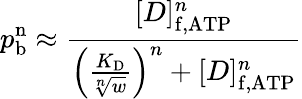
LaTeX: p_{\mathrm{b}}^{\mathrm{n}}\approx\frac{[D]_{\mathrm{f,ATP}}^{n}}{\left(\frac{K_{\mathrm{D}}}{\sqrt[n]{w}}\right)^{n}+[D]_{\mathrm{f,ATP}}^{n}}